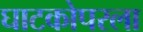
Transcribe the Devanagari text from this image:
घाटकोपरला